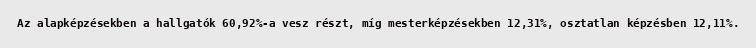
Az alapképzésekben a hallgatók 60,92%-a vesz részt, míg mesterképzésekben 12,31%, osztatlan képzésben 12,11%.